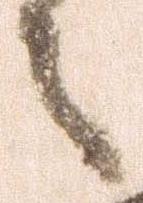
々